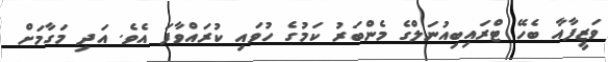
ވަޒީފާއާ ބެހޭ ޓްރައިބިއުނަލްގެ މެންބަރު ކަމުގެ ހުވައި ކުރައްވާފަ އެވެ. އަދި މަގާމަށް